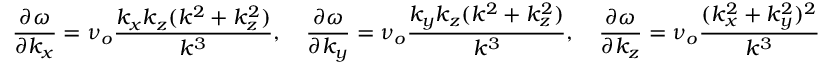
\frac { \partial \omega } { \partial k _ { x } } = \nu _ { o } \frac { k _ { x } k _ { z } ( k ^ { 2 } + k _ { z } ^ { 2 } ) } { k ^ { 3 } } , \quad \frac { \partial \omega } { \partial k _ { y } } = \nu _ { o } \frac { k _ { y } k _ { z } ( k ^ { 2 } + k _ { z } ^ { 2 } ) } { k ^ { 3 } } , \quad \frac { \partial \omega } { \partial k _ { z } } = \nu _ { o } \frac { ( k _ { x } ^ { 2 } + k _ { y } ^ { 2 } ) ^ { 2 } } { k ^ { 3 } }